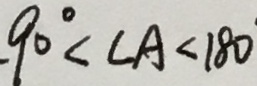
9 0 ^ { \circ } < \angle A < 1 8 0